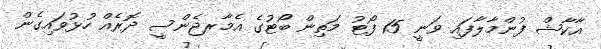
އާކާޝް ފުންމާލާފައި ވަނީ 15 ފޯޓު މަތިން ބޯޓުގެ އެމާރޖެންސީ ދޮރެއް ހުޅުވައިގެން